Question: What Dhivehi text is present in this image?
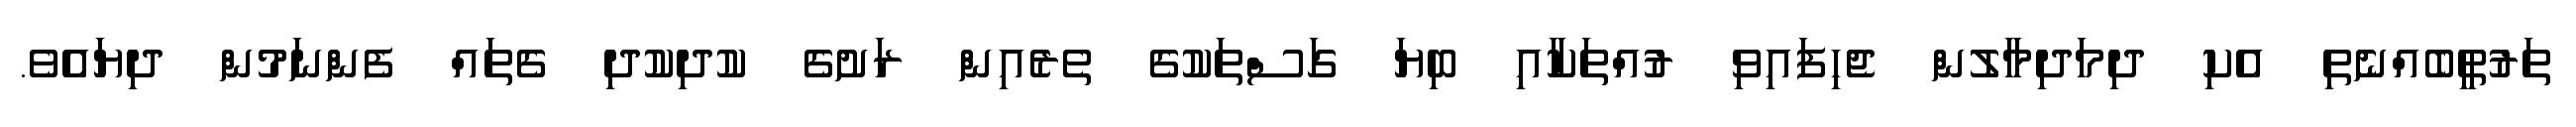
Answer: ތަރުތީބެއްނެތި އެކި ދިމަދިމާލުން ޖެހިފައިވި ރުއްތަކާއި ބިޔަ ގަސްތަކުގެ ތެރެއިން ރަށުގެ ކުދިކުދި ގެތައް ފެންނަމުން ދިޔައެވެ.